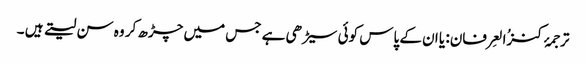
ترجمۂ کنزُالعِرفان: یا ان کے پاس کوئی سیڑھی ہے جس میں چڑھ کر وہ سن لیتے ہیں ۔